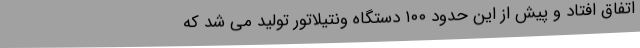
اتفاق افتاد و پیش از این حدود ۱۰۰ دستگاه ونتیلاتور تولید می ‌شد که